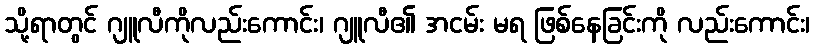
သို့ရာတွင် ဂျူလီကိုလည်းကောင်း၊ ဂျူလီ၏ အငမ်း မရ ဖြစ်နေခြင်းကို လည်းကောင်း၊